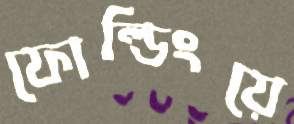
ফোল্ডিংয়ে